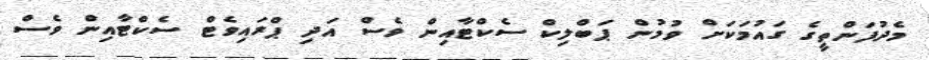
މެދުފަންތީގެ ގައުމަކަށް ވުމުން ޕަބްލިކް ސެކްޓާއިން ވެސް އަދި ޕްރައިވެޓް ސެކްޓާއިން ވެސް